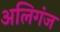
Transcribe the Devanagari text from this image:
अलिगंज